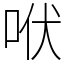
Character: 𰇛